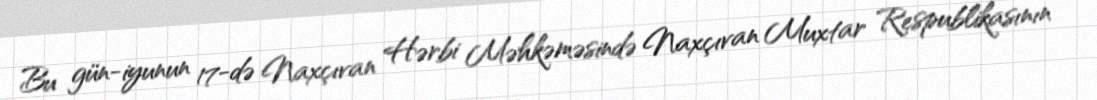
Bu gün-iyunun 17-də Naxçıvan Hərbi Məhkəməsində Naxçıvan Muxtar Respublikasının